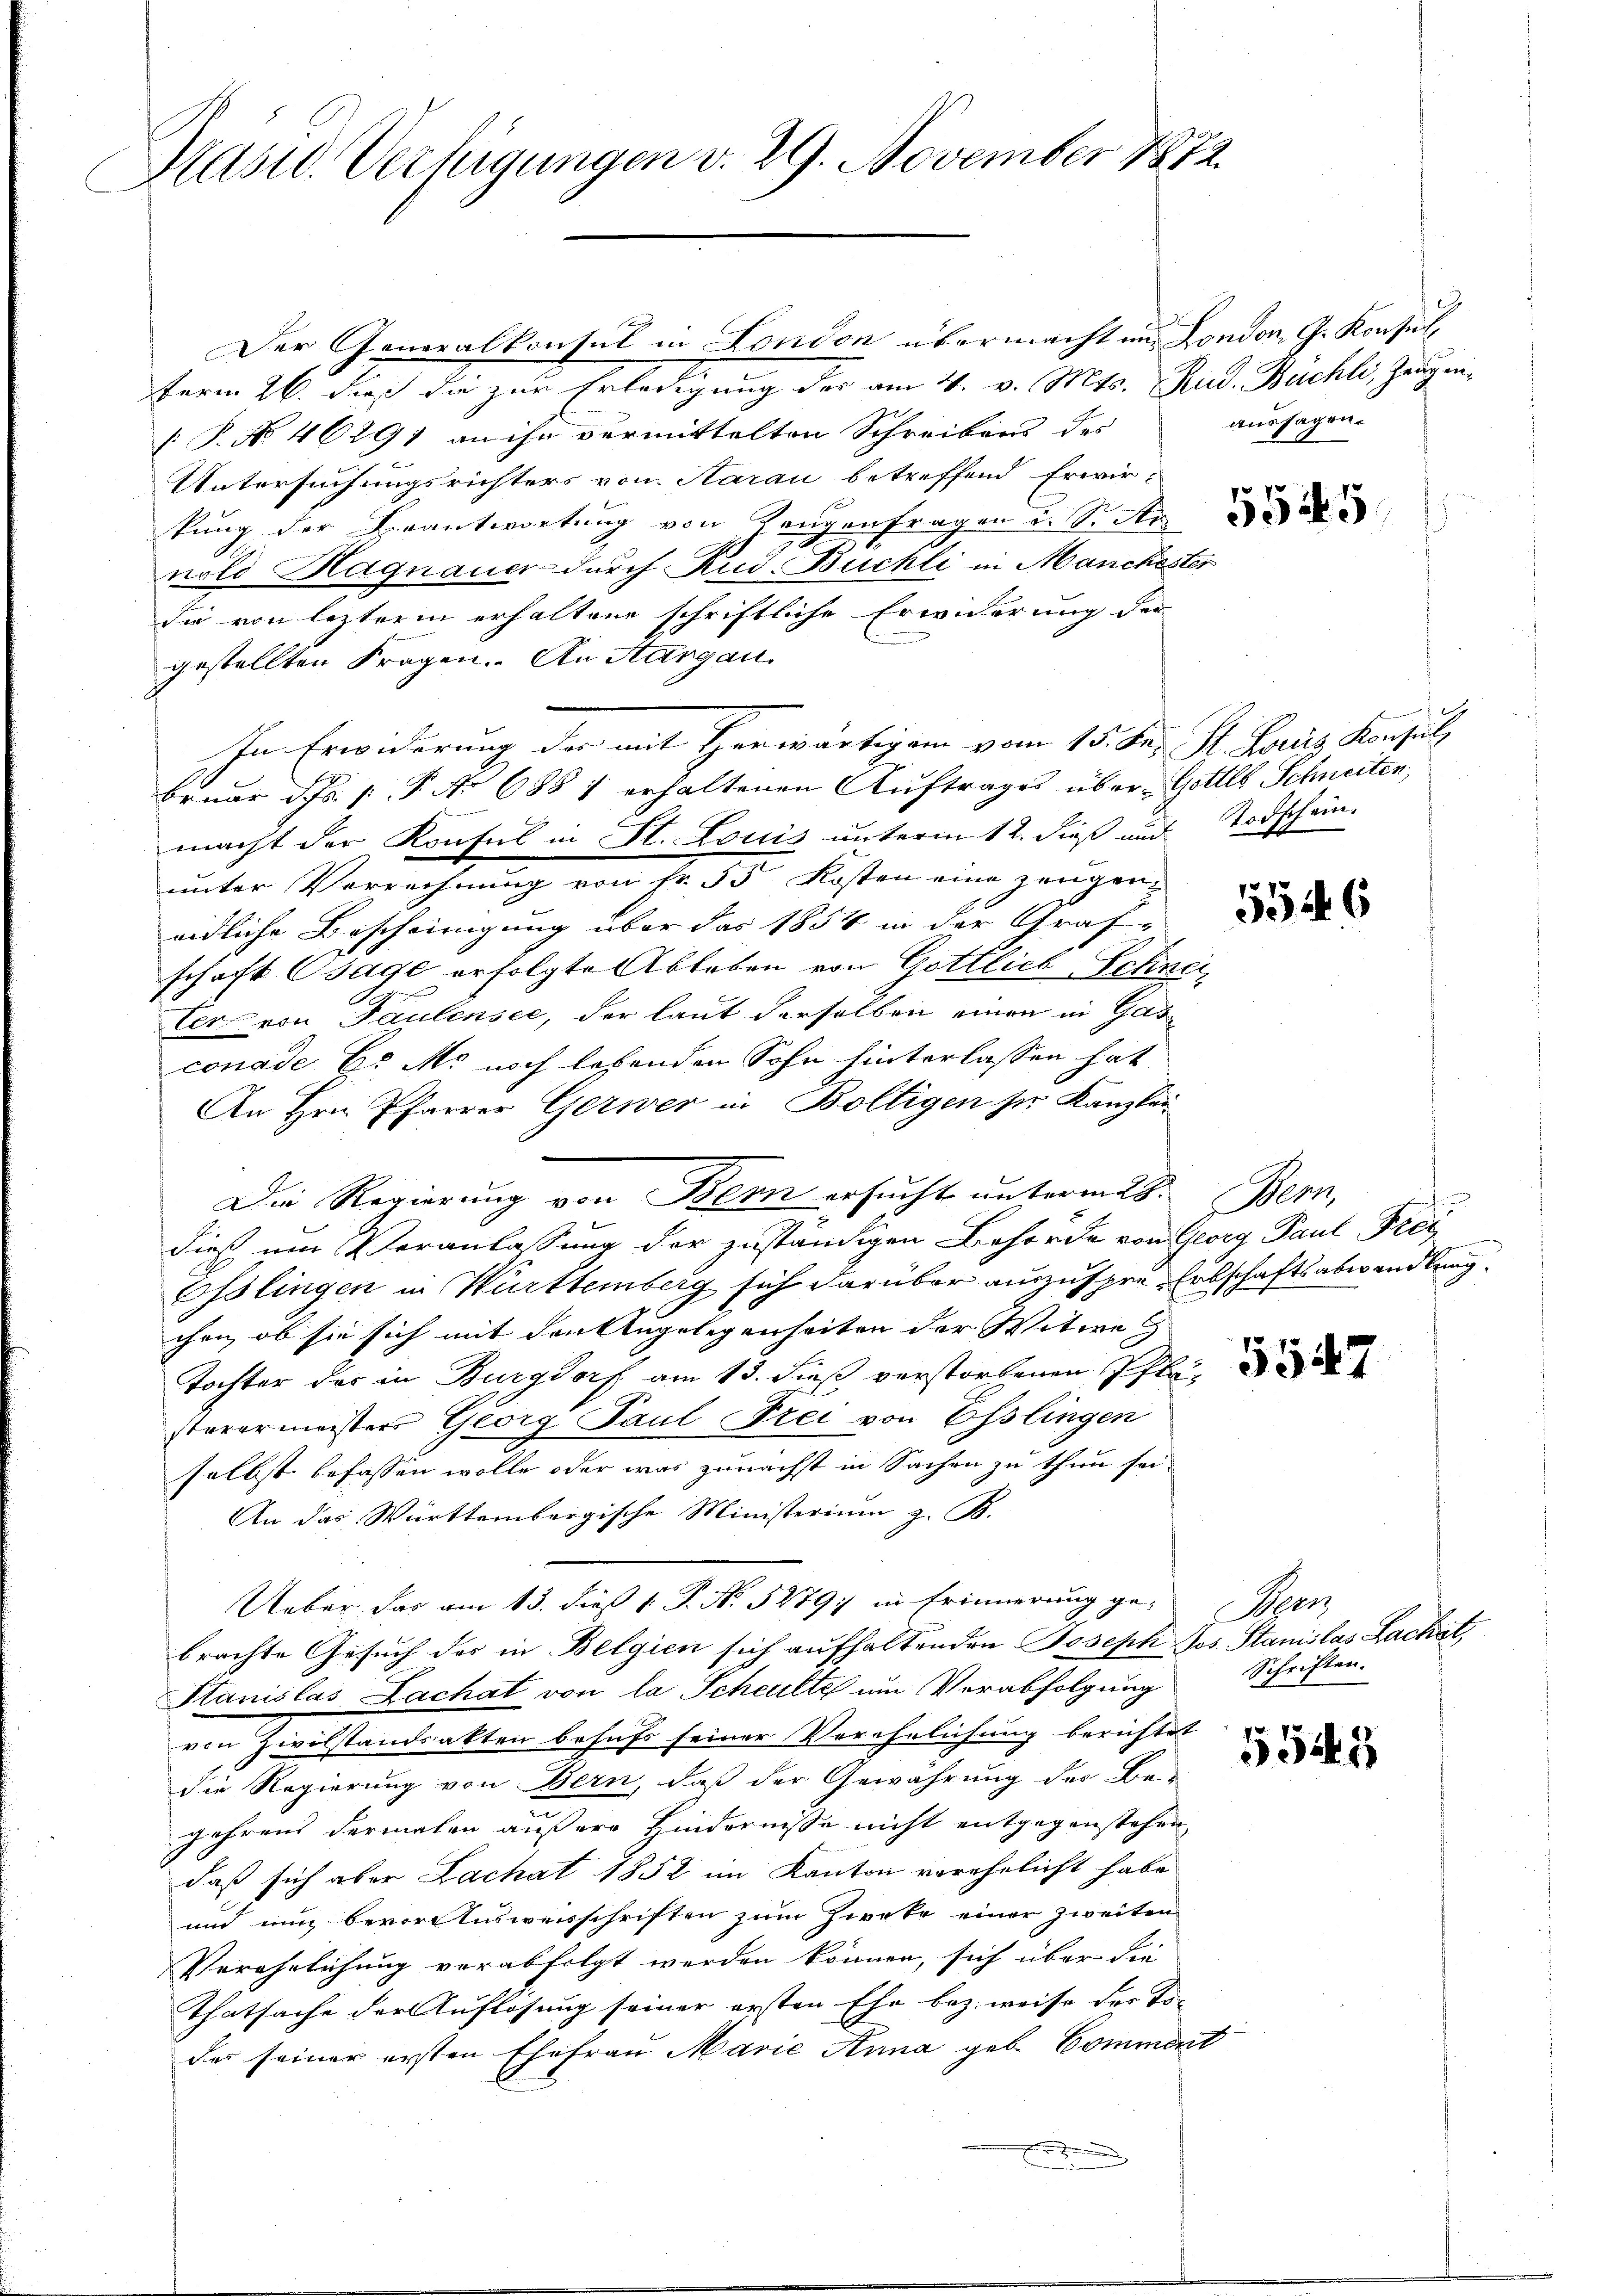
Masid. Verfügungen v. 29. November 1872.

e
Der Generalkonsul in London übermacht und London, G. Konsul,
term 26. dieß die zur Erledigung des am 4. v. Mts. Rud. Buchli, Zeugen¬
[P. No. 46291 an ihr vermittelten Schreibens des
Untersuchungsrichters von Aarau betreffend Erwir-
kung der Beantwortung von Zeugenfragen u. Sitte
nold Hagnauer durch Rud. Buchli in Manchester
die von letzterm erhaltene schriftliche Erwiderung der
gestellten Fragen. An Aargau.
Ihn Erwiderung der mit Herwärtigen vom 15. Jun. St. Loris Konsul
bruar d.J. P. Nr. 688 1 erhaltenen Auftrages über Gottes Schneiten,
macht der Konsul in St. Louis unterm 12. dieß und Todschein
unter Verrechnung von Fr. 53 Kosten eine Zeugeneidliche Bescheinigung über das 1854 in der Graf-
schaft sage erfolgte Ableben von Gottlieb Schneiter von Paulensee, der laut derselben einen in Gasconade Er Mo noch lesenden Sohn hinterlassen hat
An Hrn. Pfarrer Gerwer in Boltigen sie Kanzlei
dieß um Veranlassung der zuständigen Behörde von Glorg Paul Frei
Osslingen in Württemberg sich darüber auszuspre- Erbschaftsabwandlung
chen, ob sie sich mit den Angelegenheiten der Witwe
Tochter der in Burgdorf am 15. dieß verstorbenen Pfla
sterermeisters Georg Paul Drei von Osslingen
selbst befassen wolle oder was zunächst in Sachen zu thun sei.
An das Württembergische Ministerium z. B.
Ueber das am 13. dieß 1. P. N. 5279, in Erinnerung ge-
brachte Gesuch des in Belgien sich aufhaltenden Joseph Jos. Stanislas Lachet
Stanislas Lachat von la Scheulte um Verabfolgung
von Zivilstandsakten behufs seiner Verehelichung berichtet
die Regierung von Bern, daß der Gewährung der Be-
gehrens dermalen äußere Hindernisse nicht entgegenstehen
daß sich aber Lachat 1852 im Kanton verehelicht habe
und nun bevordensweisschriften zum Zwecke einer zweiten
Verehrlichung verabfolgt werden können, sich über die
Thatsache der Auflösung seiner ersten Ehe bez. weise der Toder seiner ersten Ehefrau Marie Anna geb. Comment

Die Regierung von Bern ersucht unterm 28. Bern,

aussagen.

.

5546

Aerz
Schriften.

5545